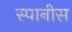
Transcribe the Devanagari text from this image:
स्पानीस